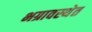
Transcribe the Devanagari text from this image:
भग्रावस्थेत